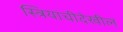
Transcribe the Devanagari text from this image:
स्त्रियांचीदेखील